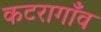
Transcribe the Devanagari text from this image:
कटरागाँव